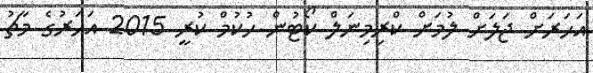
އަހަރަށް ޖަލަށް ލުމަށް ކްރިމިނަލް ކޯޓުން ހުކުމް ކުރީ 2015 އަހަރުގެ މާޗު